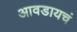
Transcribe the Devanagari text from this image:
आवडायचं